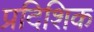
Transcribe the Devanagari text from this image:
प्रदिशिक